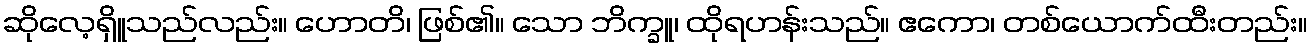
ဆိုလေ့ရှိူသည်လည်း။ ဟောတိ၊ ဖြစ်၏။ သော ဘိက္ခူ၊ ထိုရဟန်းသည်။ ဧကော၊ တစ်ယောက်ထီးတည်း။